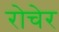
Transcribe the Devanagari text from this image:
रोचेर